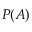
P ( A )